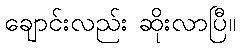
ချောင်းလည်း ဆိုးလာပြီ။